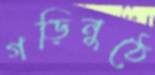
গড়িনুঠে